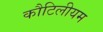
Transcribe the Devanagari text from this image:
कौटिलीयम